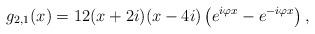
LaTeX: \begin{align*}g_{2,1}(x) = 12(x + 2 i)(x - 4 i) \left(e^{i \varphi x} - e^{-i \varphi x}\right),\end{align*}